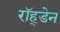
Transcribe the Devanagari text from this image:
रॉह्डेन